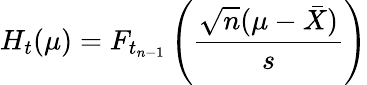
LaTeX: H_{t}(\mu)=F_{t_{n-1}}\left({\frac{{\sqrt{n}}(\mu-{\bar{X}})}{s}}\right)